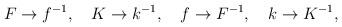
LaTeX: \begin{align*}F\to f^{-1},\ \ \ K\to k^{-1},\ \ \ f\to F^{-1},\ \ \ k\to K^{-1},\end{align*}